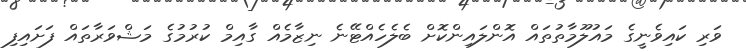
ވަރި ކައިވެނީގެ މައުލޫމާތުތައް އޮންލައިންކޮށް ބެލެހެއްޓޭނެ ނިޒާމެއް ގާއިމް ކުރުމުގެ މަޝްވަރާތައް ފަށައިފި